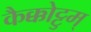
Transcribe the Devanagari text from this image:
कैक्कोट्टुम्